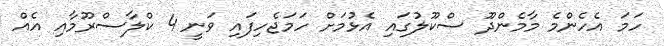
ހަމަ އެހެންމެ މާމެންދޫ ސްކޫލުގައި އެޅުމަށް ހަމަޖެހިފައި ވަނީ 4 ކްލާސްރޫމާއި އެއް